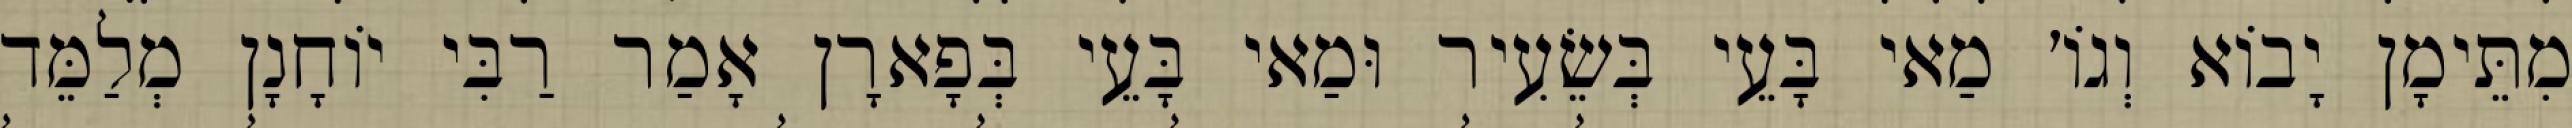
מִתֵּימָן יָבוֹא וְגוֹ׳ מַאי בָּעֵי בְּשֵׂעִיר וּמַאי בָּעֵי בְּפָארָן אָמַר רַבִּי יוֹחָנָן מְלַמֵּד